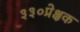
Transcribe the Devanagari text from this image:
३३०प्रेक्षक